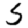
Digit: 5